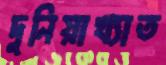
দুনিয়াখ্যাত